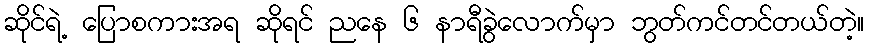
ဆိုင်ရဲ့ ပြောစကားအရ ဆိုရင် ညနေ ၆ နာရီခွဲလောက်မှာ ဘွတ်ကင်တင်တယ်တဲ့။